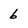
Character: 6